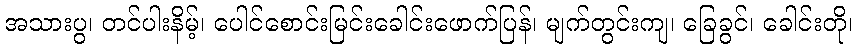
အသားပွ၊ တင်ပါးနိမ့်၊ ပေါင်စောင်းမြင်းခေါင်းဖောက်ပြန်၊ မျက်တွင်းကျ၊ ခြေခွင်၊ ခေါင်းတို၊